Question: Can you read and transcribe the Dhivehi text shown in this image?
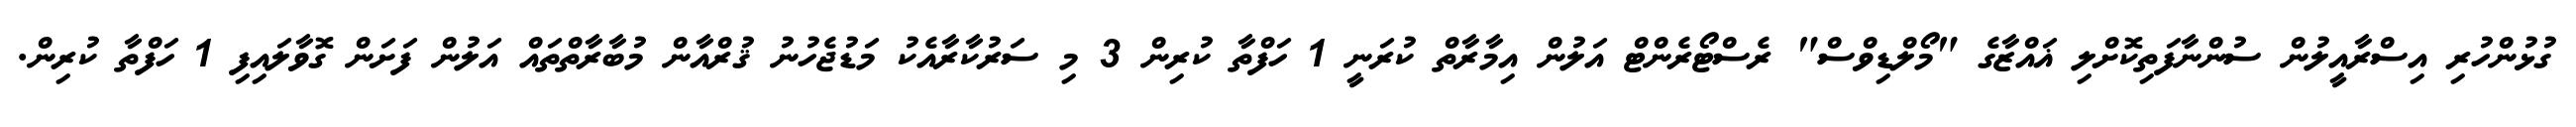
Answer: ގުޅުންހުރި އިސްރާއީލުން ސުންނާފަތިކޮށްލި ޣައްޒާގެ "މޯލްޑިވްސް" ރެސްޓޯރެންޓް އަލުން އިމާރާތް ކުރަނީ 1 ހަފްތާ ކުރިން 3 މި ސަރުކާރާއެކު މަޑުޖެހުނު ޤުރްއާން މުބާރާތްތައް އަލުން ފަށަން ގޮވާލައިފި 1 ހަފްތާ ކުރިން.